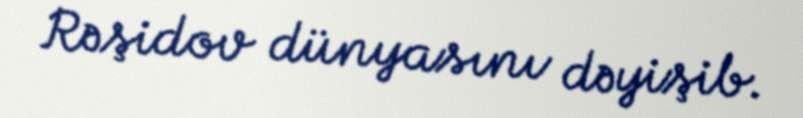
Rəşidov dünyasını dəyişib.